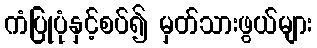
ကံပြုပုံနှင့်စပ်၍ မှတ်သားဖွယ်များ